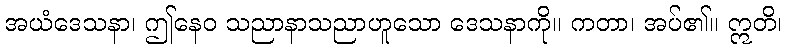
အယံဒေသနာ၊ ဤနေဝ သညာနာသညာဟူသော ဒေသနာကို။ ကတာ၊ အပ်၏။ ဣတိ၊